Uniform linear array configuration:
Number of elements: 16
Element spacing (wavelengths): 1
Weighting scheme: hann
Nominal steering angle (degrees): -30
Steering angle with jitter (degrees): -29.392
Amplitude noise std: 0.05
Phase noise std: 0.05

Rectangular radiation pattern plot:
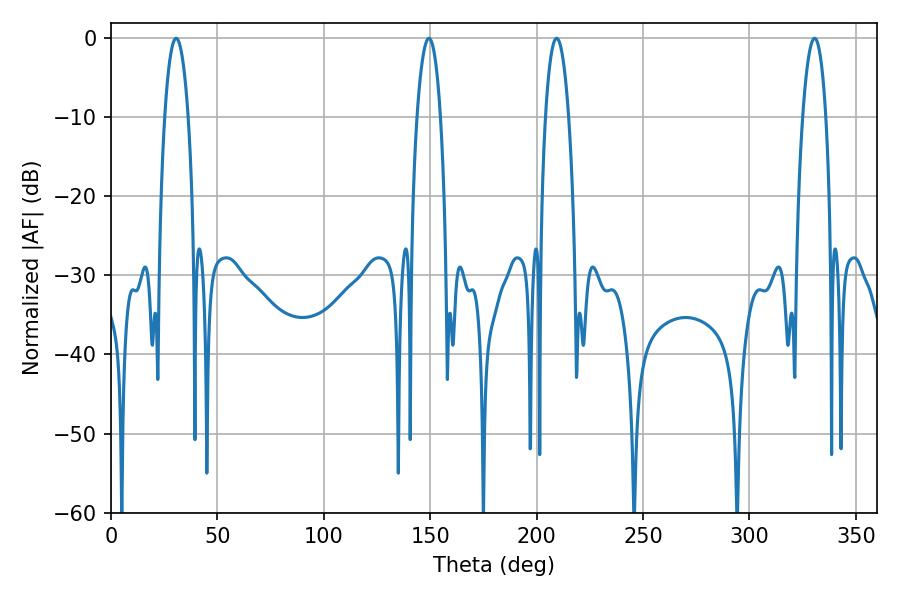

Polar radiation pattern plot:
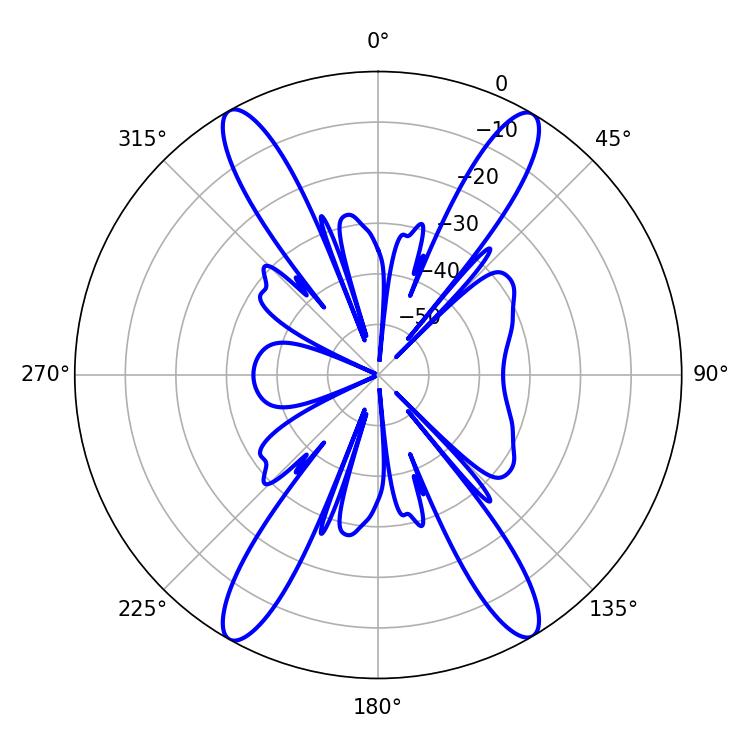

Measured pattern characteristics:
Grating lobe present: TRUE
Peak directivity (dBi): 25.221
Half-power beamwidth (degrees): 6.12
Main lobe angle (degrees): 30.6